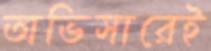
অভিসারেই